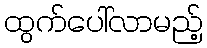
ထွက်ပေါ်လာမည့်